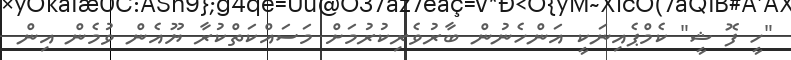
"ހީ ފޮ ޝީ" ކެމްޕެއިނަކީ އަންހެނުން ބާރުވެރިކުރުމަށް މަސައްކަތްކުރާ ޔޫއެން ވުމެން އިން